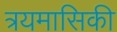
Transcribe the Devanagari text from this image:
त्रयमासिकी